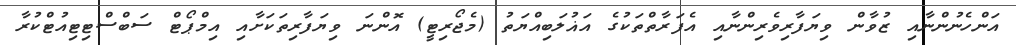
އަންހެނުންނާއި ޒުވާން ވިޔަފާރިވެރިންނާއި އެފަރާތްތަކުގެ އަޣުލަބިއްޔަތު (މެޖޯރިޓީ) އޮންނަ ވިޔަފާރިތަކަށާއި އިމްޕޯޓް ސަބްސްޓިޓިއުޓްކުރާ